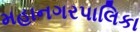
મહાનગરપાલિકા